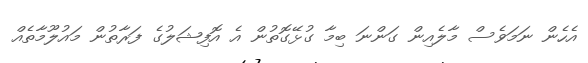
އެހެން ނަމަވެސް މާލެއިން ގަންނަ ބިމާ ގުޅޭގޮތުން އެ އޮފިޝަލުގެ ފަރާތުން މައުލޫމާތެއް